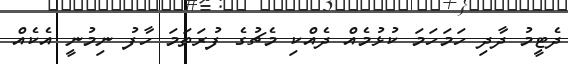
ދެޓީމު ދާދި ހަމަހަމަ ކުޅުމެއް ދެއްކި މެޗުގެ ފުރަތަމަ ހާފު ނިމުނީ އެކެއް